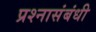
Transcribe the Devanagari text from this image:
प्रश्नासंबंधी